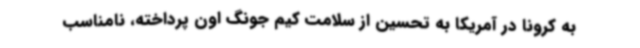
به کرونا در آمریکا به تحسین از سلامت کیم جونگ اون پرداخته، نامناسب